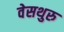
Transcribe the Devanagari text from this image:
वेसथुरु